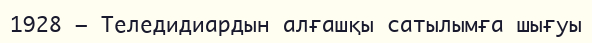
1928 — Теледидиардын алғашқы сатылымға шығуы